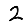
Digit: 2